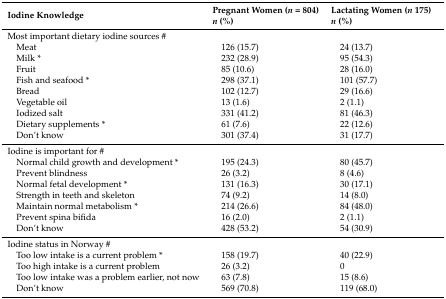
<table><thead><tr><td rowspan="2"><b>Iodine Knowledge</b></td><td><b>Pregnant Women (<i>n</i> = 804)</b></td><td><b>Lactating Women (<i>n</i> 175)</b></td></tr><tr><td><b><i>n</i> (%)</b></td><td><b><i>n</i> (%)</b></td></tr></thead><tbody><tr><td>Most important dietary iodine sources #</td><td></td><td></td></tr><tr><td> Meat</td><td> 126 (15.7)</td><td> 24 (13.7)</td></tr><tr><td> Milk *</td><td> 232 (28.9)</td><td> 95 (54.3)</td></tr><tr><td> Fruit</td><td> 85 (10.6)</td><td> 28 (16.0)</td></tr><tr><td> Fish and seafood *</td><td> 298 (37.1)</td><td> 101 (57.7)</td></tr><tr><td> Bread</td><td> 102 (12.7)</td><td> 29 (16.6)</td></tr><tr><td> Vegetable oil</td><td> 13 (1.6)</td><td> 2 (1.1)</td></tr><tr><td> Iodized salt</td><td> 331 (41.2)</td><td> 81 (46.3)</td></tr><tr><td> Dietary supplements *</td><td> 61 (7.6)</td><td> 22 (12.6)</td></tr><tr><td> Don’t know</td><td> 301 (37.4)</td><td> 31 (17.7)</td></tr><tr><td>Iodine is important for #</td><td></td><td></td></tr><tr><td> Normal child growth and development *</td><td> 195 (24.3)</td><td> 80 (45.7)</td></tr><tr><td> Prevent blindness</td><td> 26 (3.2)</td><td> 8 (4.6)</td></tr><tr><td> Normal fetal development *</td><td> 131 (16.3)</td><td> 30 (17.1)</td></tr><tr><td> Strength in teeth and skeleton</td><td> 74 (9.2)</td><td> 14 (8.0)</td></tr><tr><td> Maintain normal metabolism *</td><td> 214 (26.6)</td><td> 84 (48.0)</td></tr><tr><td> Prevent spina bifida</td><td> 16 (2.0)</td><td> 2 (1.1)</td></tr><tr><td> Don’t know</td><td> 428 (53.2)</td><td> 54 (30.9)</td></tr><tr><td>Iodine status in Norway #</td><td></td><td></td></tr><tr><td> Too low intake is a current problem *</td><td> 158 (19.7)</td><td> 40 (22.9)</td></tr><tr><td> Too high intake is a current problem</td><td> 26 (3.2)</td><td> 0</td></tr><tr><td> Too low intake was a problem earlier, not now</td><td> 63 (7.8)</td><td> 15 (8.6)</td></tr><tr><td> Don’t know</td><td> 569 (70.8)</td><td> 119 (68.0)</td></tr></tbody></table>